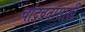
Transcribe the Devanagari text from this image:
चांद्रव्रतासाठी